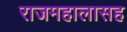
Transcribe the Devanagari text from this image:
राजमहालासह